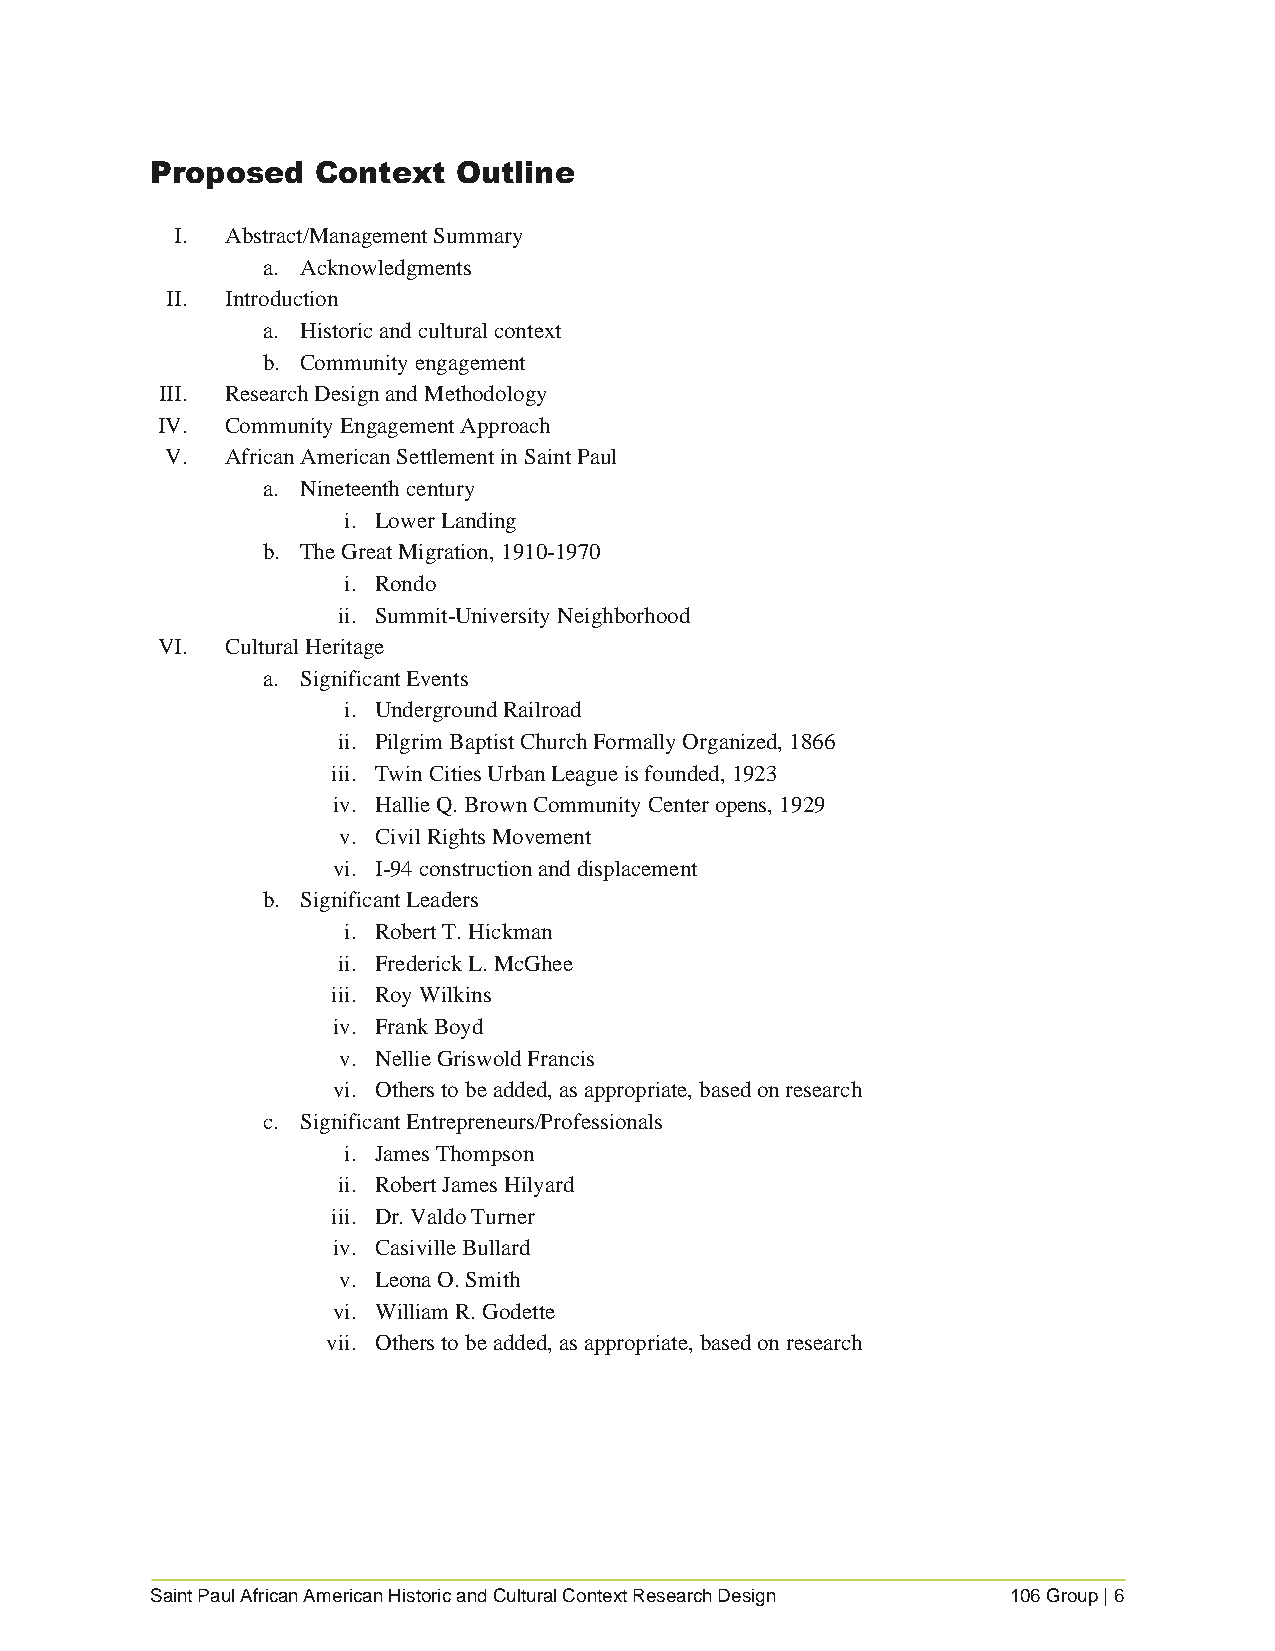
Proposed   Context  Outline
 I. Abstract/Management Summary
 a. Acknowledgments
 II. Introduction
 a. Historic and cultural context
 b. Community engagement
 III. Research Design and Methodology
 IV.  Community Engagement Approach
 V.  African American Settlement in Saint Paul
 a. Nineteenth century
 i. Lower Landing
 b. The Great Migration, 1910-1970
 i. Rondo
 ii. Summit-University Neighborhood
 VI.  Cultural Heritage
 a. Significant Events
 i. Underground Railroad
 ii. Pilgrim Baptist Church Formally Organized, 1866
 iii. Twin Cities Urban League is founded, 1923
 iv. Hallie Q. Brown Community Center opens, 1929
 v. Civil Rights Movement
 vi. I-94 construction and displacement
 b. Significant Leaders
 i. Robert T. Hickman
 ii. Frederick L. McGhee
 iii. Roy Wilkins
 iv. Frank Boyd
 v. Nellie Griswold Francis
 vi. Others to be added, as appropriate, based on research
 c. Significant Entrepreneurs/Professionals
 i. James Thompson
 ii. Robert James Hilyard
 iii. Dr. Valdo Turner
 iv. Casiville Bullard
 v. Leona O. Smith
 vi. William R. Godette
 vii. Others to be added, as appropriate, based on research
 Saint Paul African American Historic and Cultural Context Research Design 106 Group | 6